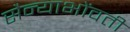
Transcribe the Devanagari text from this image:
सैन्याभोंवतीं